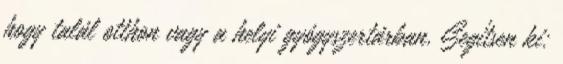
hogy talál otthon vagy a helyi gyógyszertárban. Segítsen ki: